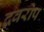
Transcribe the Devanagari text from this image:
द्रवरोप